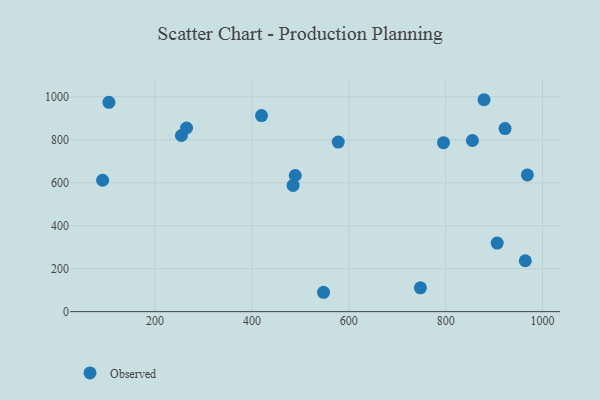
{"axis": {"x": "Ad Spend", "y": "Rating"}, "legend": ["Observed"], "data": [{"x": "906.4", "y": 319.2, "type": "Observed"}, {"x": "968.7", "y": 636.5, "type": "Observed"}, {"x": "795.5", "y": 786.3, "type": "Observed"}, {"x": "578.2", "y": 789.2, "type": "Observed"}, {"x": "922.6", "y": 852.3, "type": "Observed"}, {"x": "254.3", "y": 819.8, "type": "Observed"}, {"x": "964.4", "y": 237.0, "type": "Observed"}, {"x": "747.8", "y": 110.9, "type": "Observed"}, {"x": "264.9", "y": 854.9, "type": "Observed"}, {"x": "91.6", "y": 611.6, "type": "Observed"}, {"x": "489.4", "y": 633.7, "type": "Observed"}, {"x": "879.2", "y": 986.4, "type": "Observed"}, {"x": "484.9", "y": 587.4, "type": "Observed"}, {"x": "547.8", "y": 90.2, "type": "Observed"}, {"x": "104.6", "y": 974.3, "type": "Observed"}, {"x": "855.2", "y": 796.6, "type": "Observed"}, {"x": "419.7", "y": 912.7, "type": "Observed"}]}